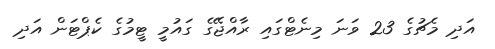
އަދި މެޗުގެ 23 ވަނަ މިނެޓްގައި ރާއްޖޭގެ ގައުމީ ޓީމުގެ ކެޕްޓަން އަދި